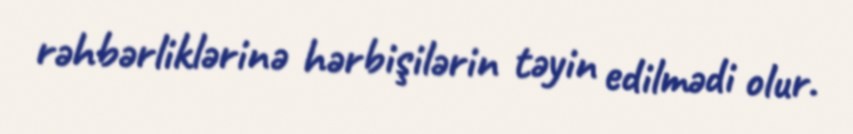
rəhbərliklərinə hərbişilərin təyin edilmədi olur.